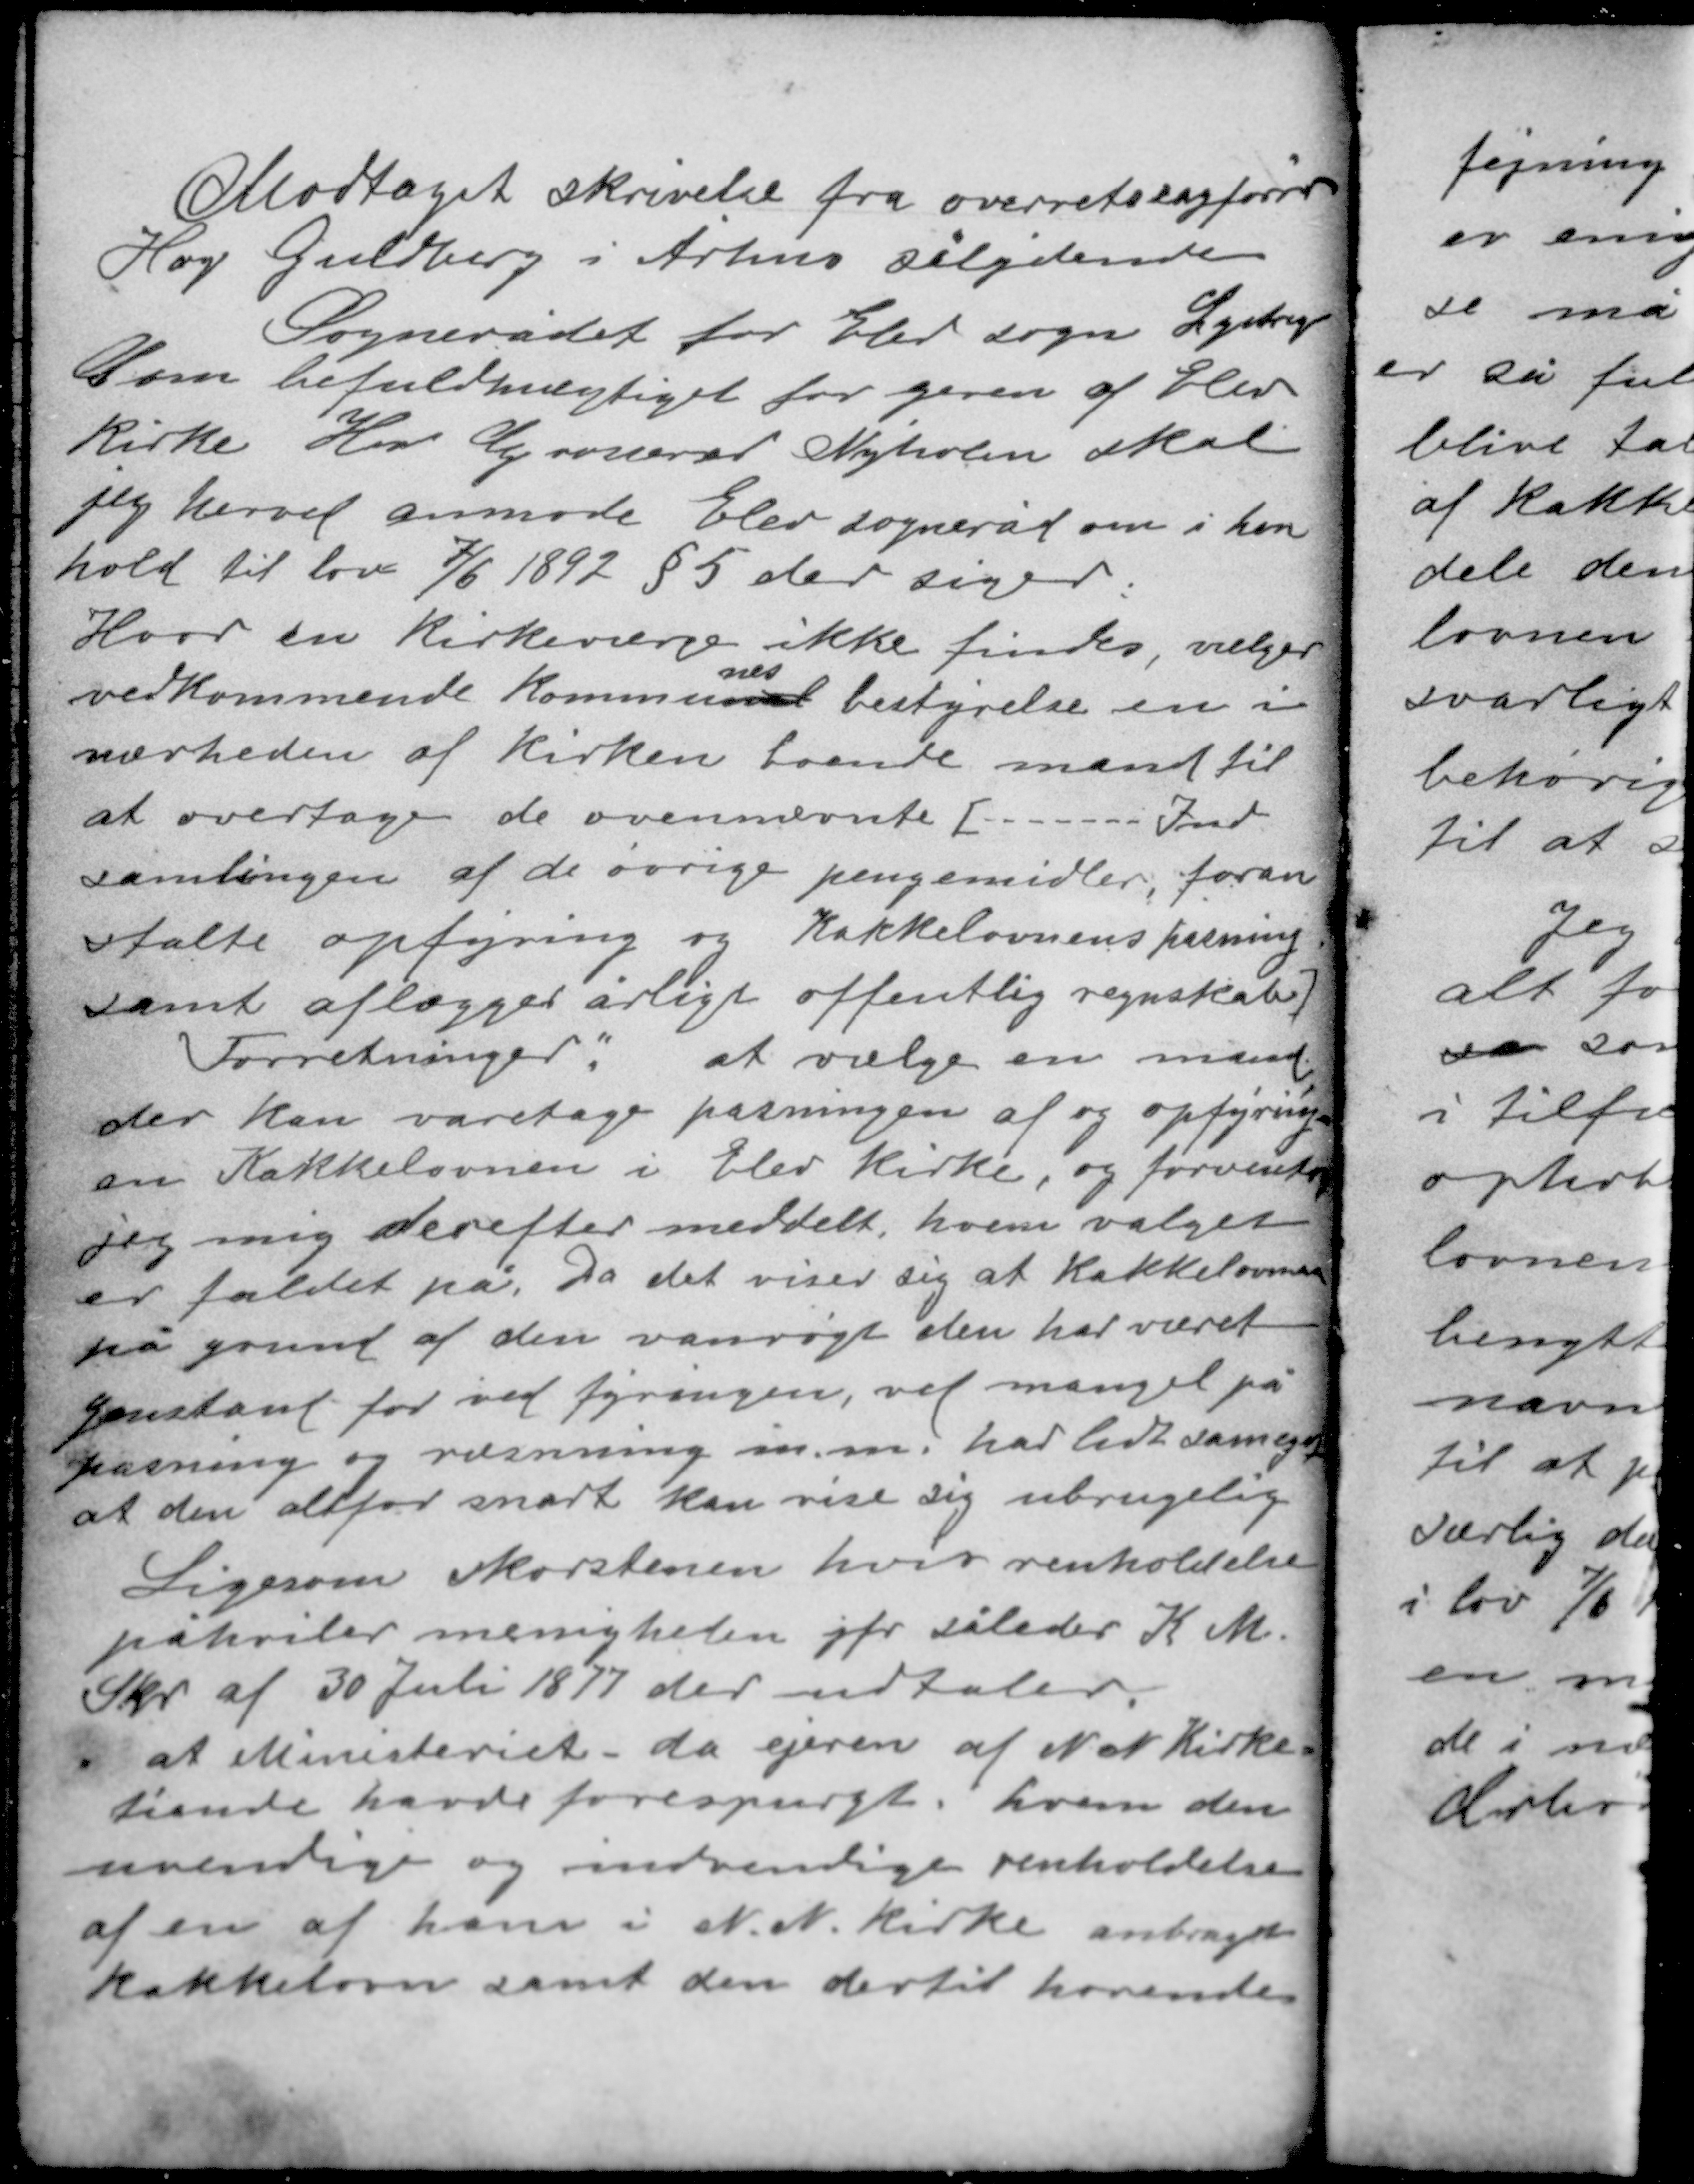
Transskription:
Modtaget skrivelse fra overretssagfører
Høg Guldberg i Århus sålydende
Sognerådet for Elev sogn Lystrup
Som befuldmægtiget for ejeren af Elev
kirke Hr. Govneråd Nyholm skal
jeg herved anmode Elev sogneråd om i hen-
hold til lov 7/6 1892 § 5 der siger:

Hvor en kirkeværge ikke findes, vælger
nes
vedkommende kommunal bestyrelse en i
nærheden af kirken boende mand til
at overtage de ovennævnte (------- Ind-
samlingen af de øvrige pengemidler, foran-
stalte opfejning og kakkelovnens pasning
samt aflægger årligt offentlig regnskab)

Forretninger" at vælge en mand
der kan varetage pasningen af og opfyring-
en Kakkelovnen i Elev kirke, og forventer
jeg mig derefter meddelt, hvem valget
er faldet på. Da det viser sig at Kakkelovnen
på grund af den vanrøgt den har været
genstand for ved fyringen, ved mangel på
pasning og rensning m.m. har lidt så meget
at den derfor snart kan vise sig ubrugelig

Ligesom skorstenen hvor renholdelse
påhviler menigheden jfr således K M
Skr af 30 Juli 1877 der udtaler
" at Ministeriet da ejeren af NN Kirke-
tiende havde forespurgt hvem den
udvendige og indvendige renholdelse
af en af ham i N.N. Kirke anbragt
kakkelovn samt den dertil hørende